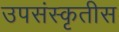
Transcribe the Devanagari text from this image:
उपसंस्कृतीस